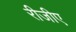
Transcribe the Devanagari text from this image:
रीजीए